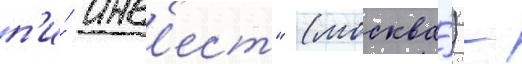
п'и́ инв'ест" (москва́) -